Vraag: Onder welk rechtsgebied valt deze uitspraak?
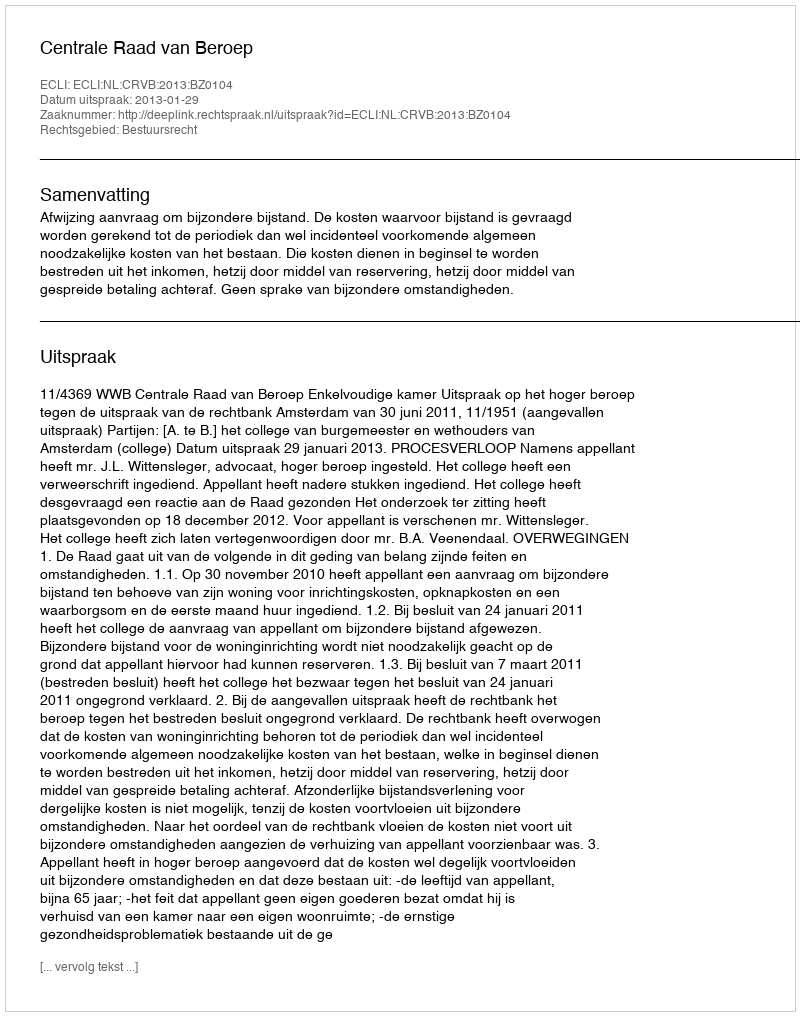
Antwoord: Bestuursrecht